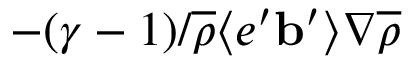
- ( \gamma - 1 ) / \overline { { \rho } } \langle { e ^ { \prime } { \bf { b } } ^ { \prime } } \rangle \nabla \overline { { \rho } }